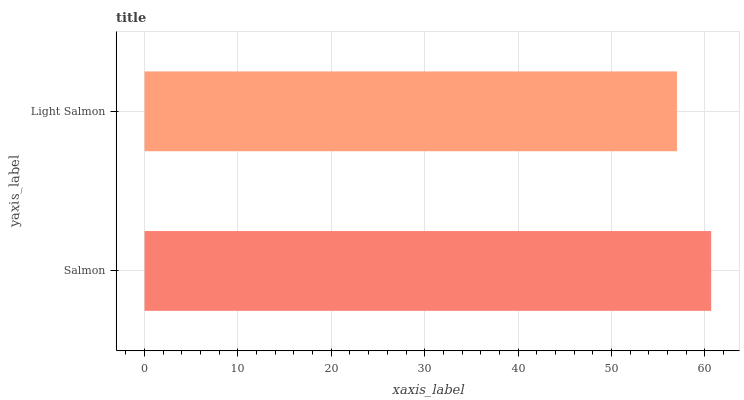
| yaxis_label | bars |
 | --- | --- |
 | Salmon | 60.7 |
 | Light Salmon | 57 |